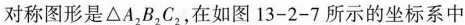
的对称图形是\triangle A_{2}B_{2}C_{2}，在如图13-2-7所示的坐标系中